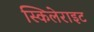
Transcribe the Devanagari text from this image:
स्किलेराइट